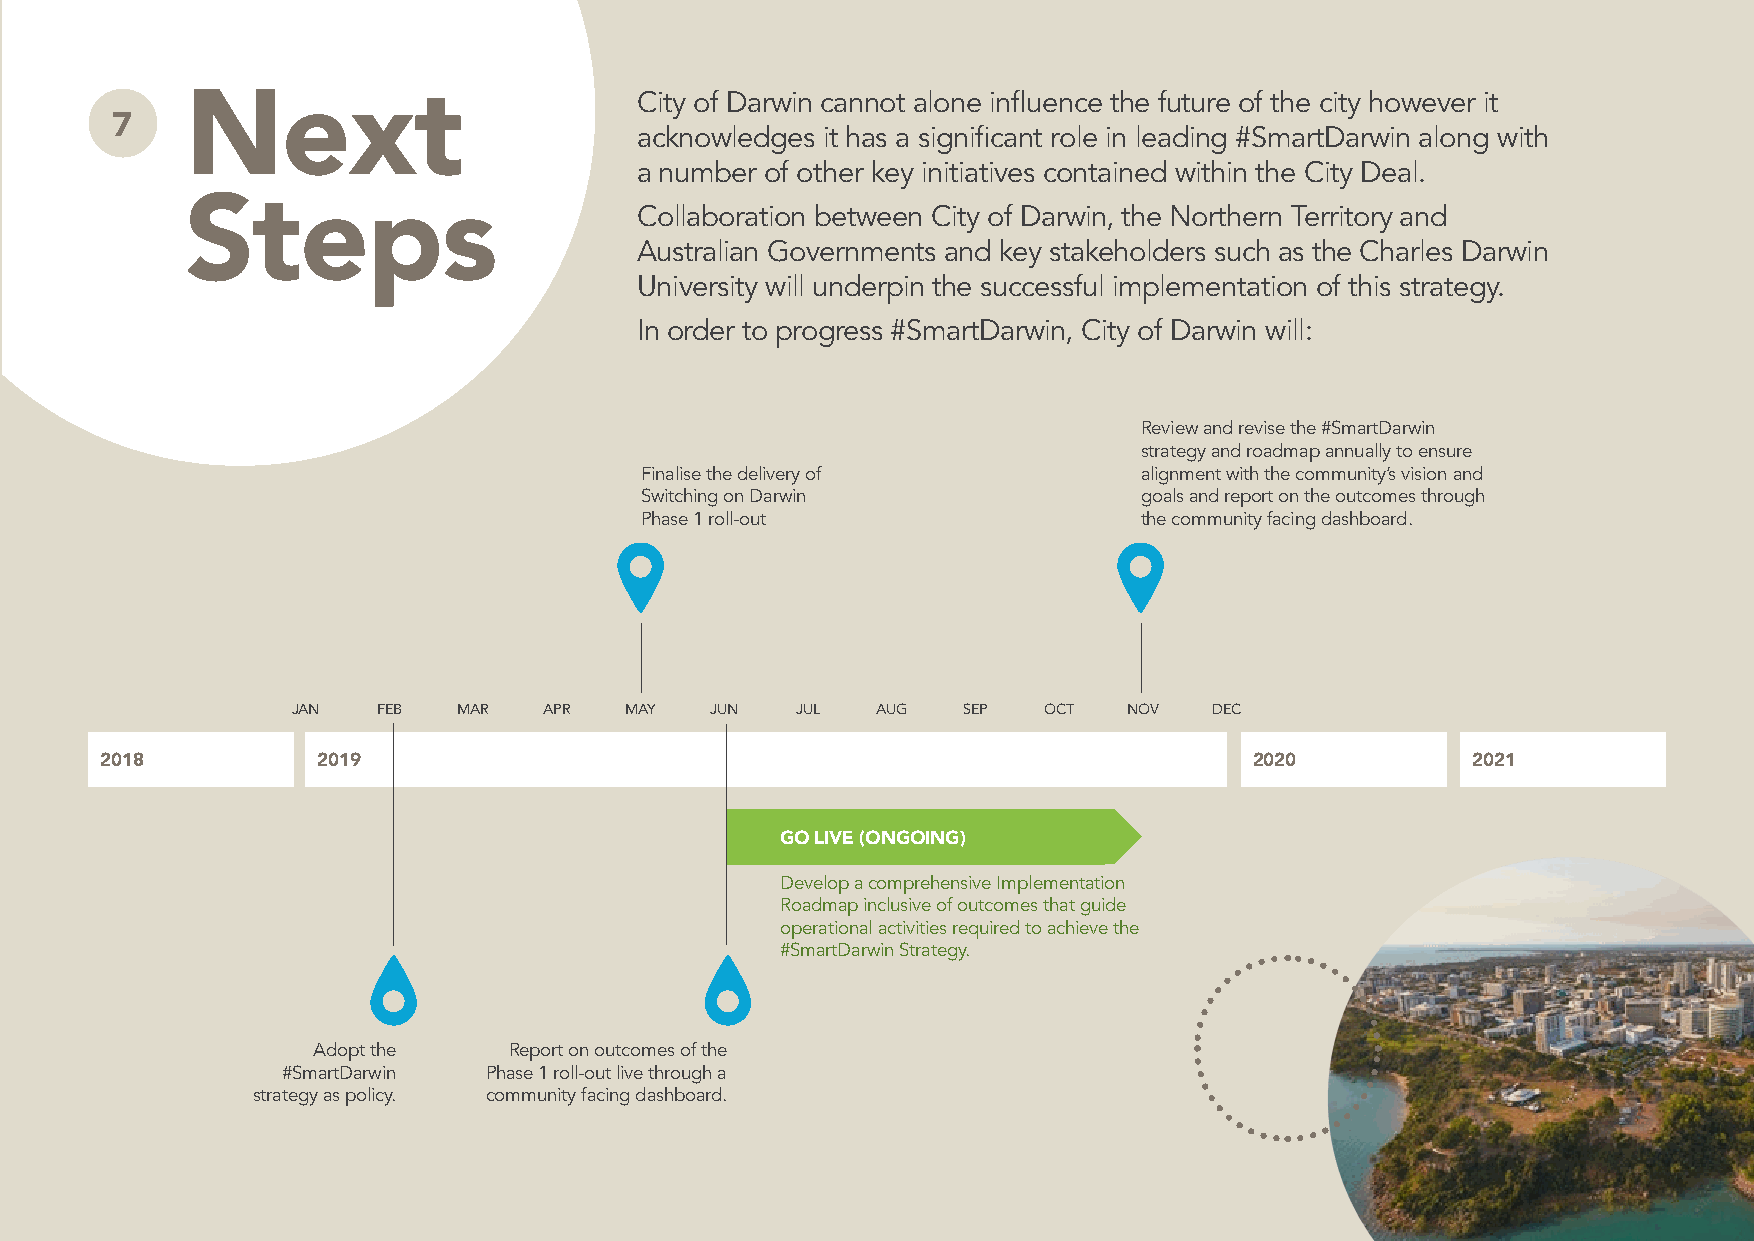
Next
 City of Darwin cannot alone influence the future of the city however it
 7
 acknowledges it has a significant role in leading #SmartDarwin along with
 a number of other key initiatives contained within the City Deal.
 Steps
 Collaboration between City of Darwin, the Northern Territory and
 Australian Governments and key stakeholders such as the Charles Darwin
 University will underpin the successful implementation of this strategy.
 In order to progress #SmartDarwin, City of Darwin will:
 Review and revise the #SmartDarwin
 strategy and roadmap annually to ensure
 Finalise the delivery of          alignment with the community’s vision and
 Switching on Darwin               goals and report on the outcomes through
 Phase 1 roll-out                  the community facing dashboard.
 JAN   FEB  MAR   APR  MAY   JUN   JUL  AUG   SEP  OCT   NOV  DEC
 2018          2019                                                          2020          2021
 GO LIVE (ONGOING)
 Develop a comprehensive Implementation
 Roadmap inclusive of outcomes that guide
 operational activities required to achieve the
 #SmartDarwin Strategy.
 Adopt the    Report on outcomes of the
 #SmartDarwin Phase 1 roll-out live through a
 strategy as policy. community facing dashboard.